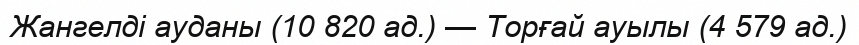
Жангелді ауданы (10 820 ад.) — Торғай ауылы (4 579 ад.)